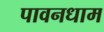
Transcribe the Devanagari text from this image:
पावनधाम